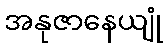
အနုဇာနေယျုံ